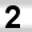
Digit: 2